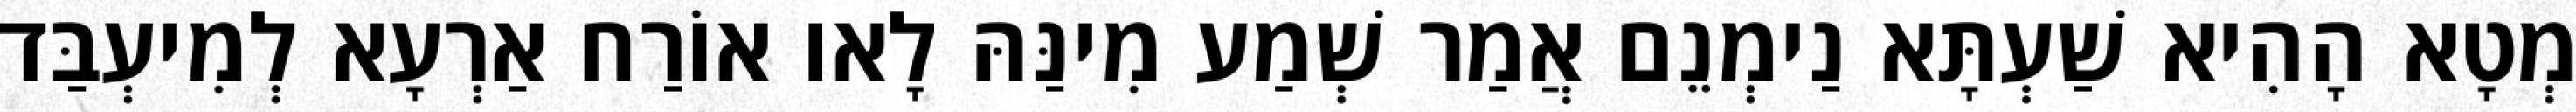
מְטָא הָהִיא שַׁעְתָּא נַימְנֵם אֲמַר שְׁמַע מִינַּהּ לָאו אוֹרַח אַרְעָא לְמִיעְבַּד